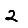
Digit: 2